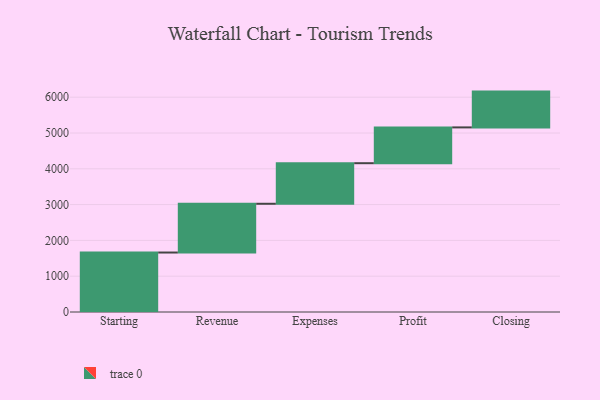
{"axis": {"x": "Step", "y": "Value"}, "legend": [""], "data": [{"x": "Starting", "y": 1661.0, "type": ""}, {"x": "Revenue", "y": 1362.0, "type": ""}, {"x": "Expenses", "y": 1133.0, "type": ""}, {"x": "Profit", "y": 1000, "type": ""}, {"x": "Closing", "y": 1000, "type": ""}]}